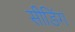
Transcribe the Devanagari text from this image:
सीडिंग